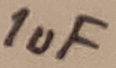
Text: 1uF